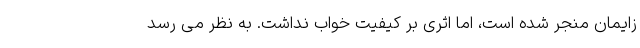
زایمان منجر شده است، اما اثری بر کیفیت خواب نداشت. به نظر می رسد